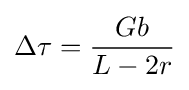
\Delta \tau ={Gb \over L-2r}